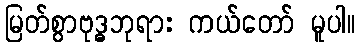
မြတ်စွာဗုဒ္ဓဘုရား ကယ်တော် မူပါ။